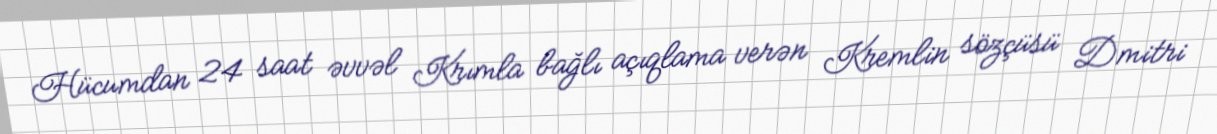
Hücumdan 24 saat əvvəl Krımla bağlı açıqlama verən Kremlin sözçüsü Dmitri